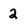
Character: 2